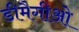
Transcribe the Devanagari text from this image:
डीमैगीओ